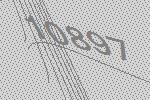
10897